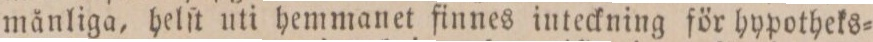
månliga, helſt uti hemmanet finnes inteckning för hypotheks=